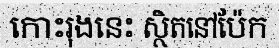
កោះរុងនេះ ស្ថិតនៅប៉ែក